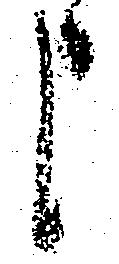
申